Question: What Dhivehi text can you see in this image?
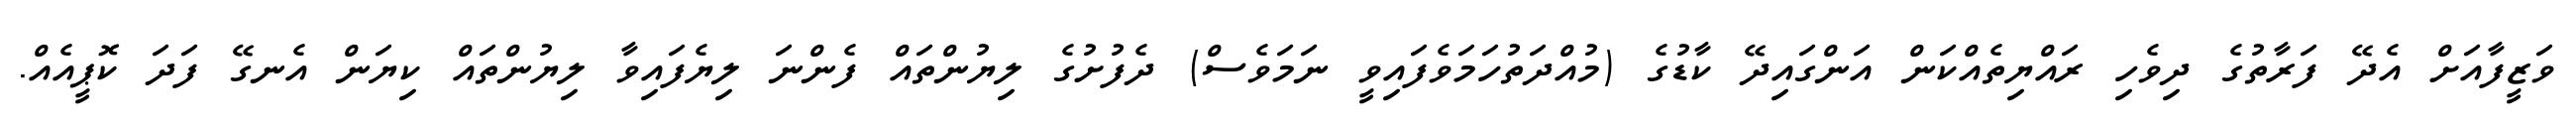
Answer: ވަޒީފާއަށް އެދޭ ފަރާތުގެ ދިވެހި ރައްޔިތެއްކަން އަންގައިދޭ ކާޑުގެ (މުއްދަތުހަމަވެފައިވީ ނަމަވެސް) ދެފުށުގެ ލިޔުންތައް ފެންނަ ލިޔެފައިވާ ލިޔުންތައް ކިޔަން އެނގޭ ފަދަ ކޮޕީއެއް.